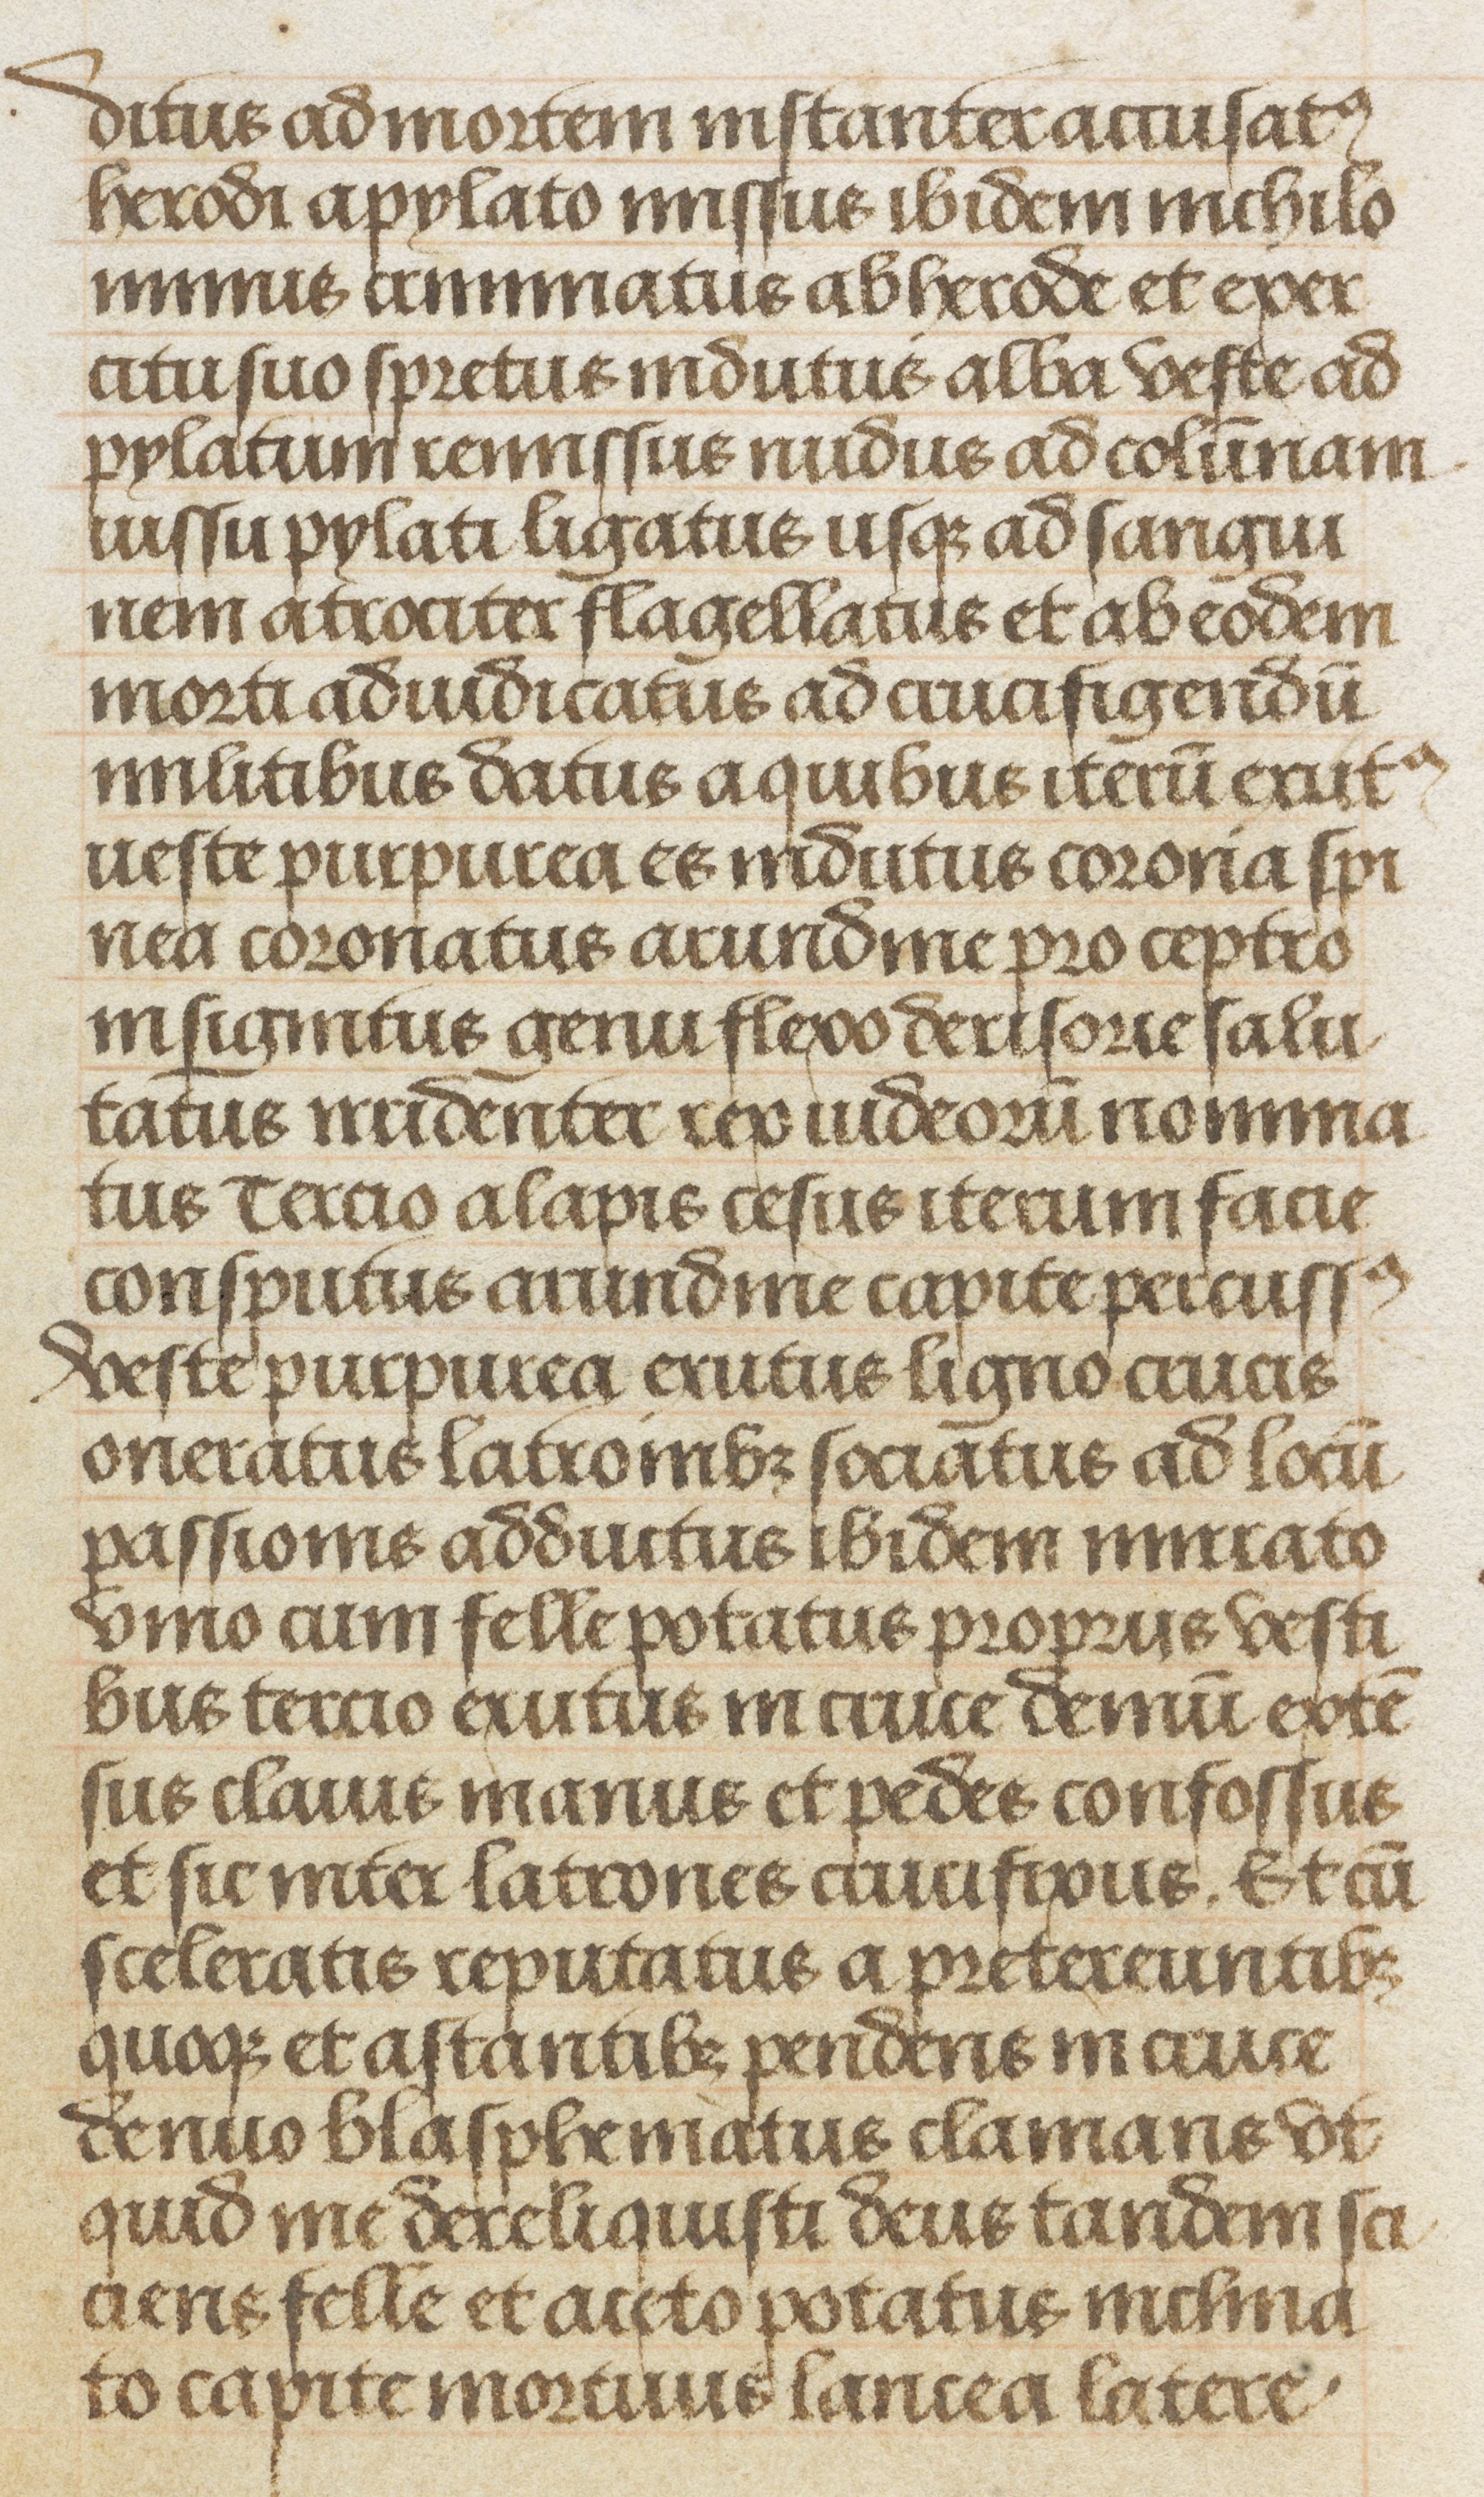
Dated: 1475–1505